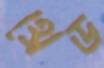
থ্রেড